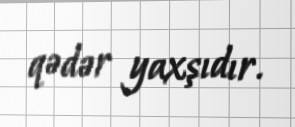
qədər yaxşıdır.